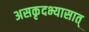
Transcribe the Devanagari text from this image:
असकृदभ्यासात्‌